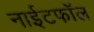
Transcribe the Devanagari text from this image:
नाईटफाॅल